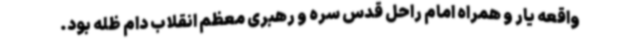
واقعه یار و همراه امام راحل قدس سره و رهبری معظم انقلاب دام ظله بود.